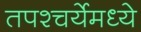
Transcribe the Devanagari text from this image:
तपश्चर्येमध्ये